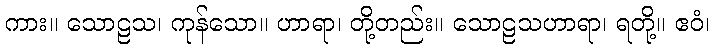
ကား။ သောဠသ၊ ကုန်သော။ ဟာရာ၊ တို့တည်း။ သောဠသဟာရာ၊ ရတို့။ ဧဝံ၊